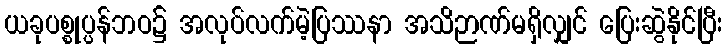
ယခုပစ္စုပ္ပန်ဘဝ၌ အလုပ်လက်မဲ့ပြဿနာ အသိဉာဏ်မရှိလျှင် ပြေးဆွဲနိုင်ပြီး